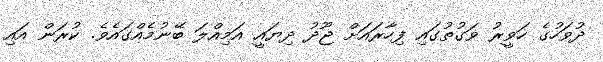
ދުވަހުގެ ހަވީރު ވަގުތުގައި ފިހާރައަށް ޖޫދު ދިޔައީ އަމިއްލަ ބޭނުމެއްގައެވެ. ކުރަން އައި